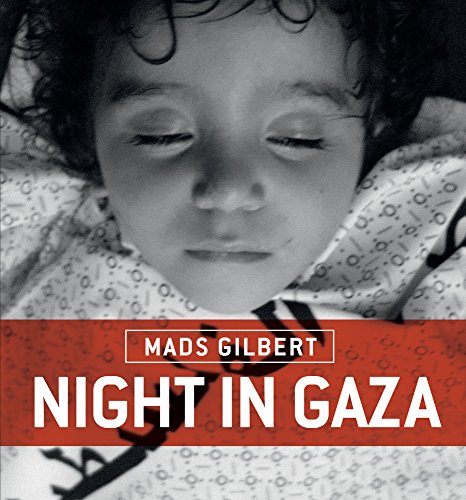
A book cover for Night in Gaza; Mads Gilbert; Arts & Photography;